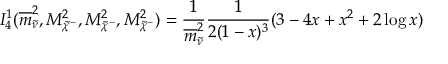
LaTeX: I _ { 4 } ^ { 1 } ( \overline { { { m } } } _ { \tilde { \nu } } ^ { 2 } , M _ { \tilde { \chi } ^ { - } } ^ { 2 } , M _ { \tilde { \chi } ^ { - } } ^ { 2 } , M _ { \tilde { \chi } ^ { - } } ^ { 2 } ) = \frac 1 { \overline { { { m } } } _ { \tilde { \nu } } ^ { 2 } } \frac 1 { 2 ( 1 - x ) ^ { 3 } } ( 3 - 4 x + x ^ { 2 } + 2 \log x )